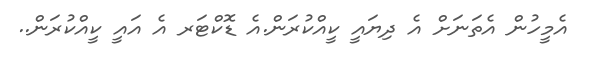
އެމީހުން އެތަނަށް އެ ދިޔައީ ކީއްކުރަން.އެ ޑޮކްޓަރ އެ އައީ ކީއްކުރަން..